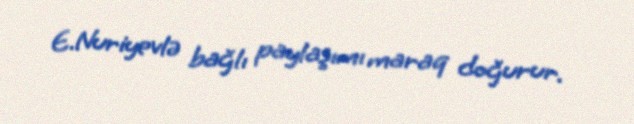
E.Nuriyevlə bağlı paylaşımı maraq doğurur.